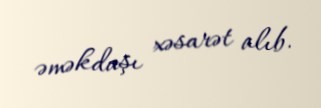
əməkdaşı xəsarət alıb.